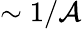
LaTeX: \sim1/\mathcal{A}